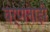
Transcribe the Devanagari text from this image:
वर्णनाड़ी